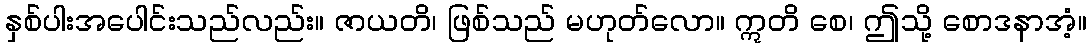
နှစ်ပါးအပေါင်းသည်လည်း။ ဇာယတိ၊ ဖြစ်သည် မဟုတ်လော။ ဣတိ စေ၊ ဤသို့ စောဒနာအံ့။